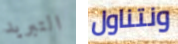
التبريد ونتناول